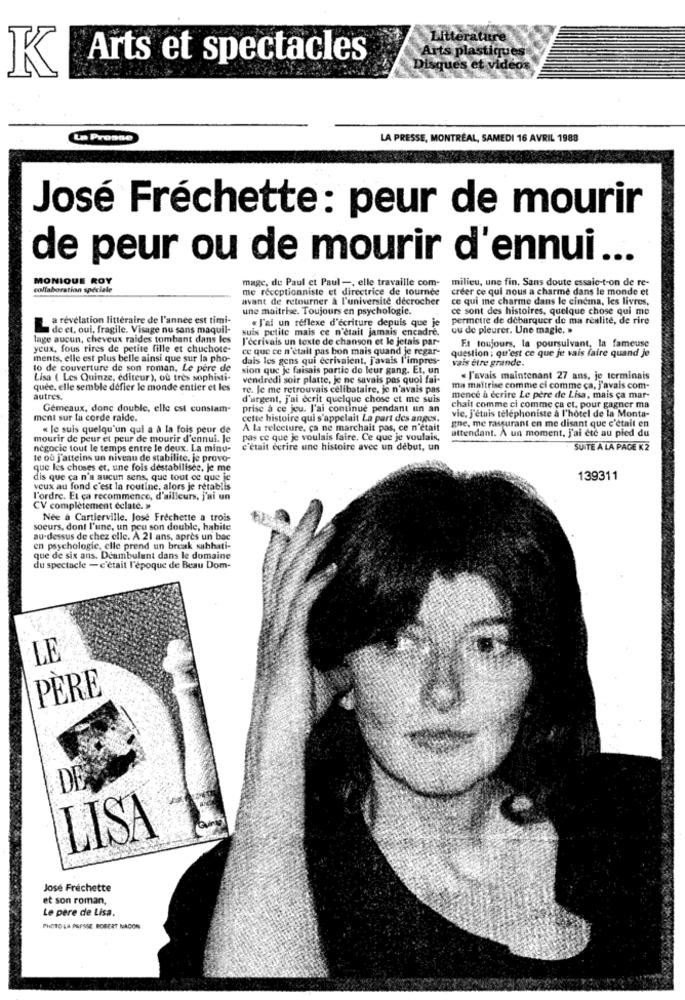
Litterature
Arts plastiques
Arts et spectacles
Disques et videos
K
La Presse
LA PRESSE, MONTRÉAL, SAMEDI 16 AVRIL 1988
José Fréchette: peur de mourir
de peur ou de mourir d'ennui ...
MONIQUE ROY
mage, de Paul et Paul -, elle travaille com-
milieu, une fin. Sans doute essaie-t-on de re-
collaboration spéciale
me réceptionniste et directrice de tournée
créer ce qui nous a charme dans le monde et
avant de retourner à l'université décrocher
ce qui me charme dans le cinema, les livres,
une maitrise. Toujours en psychologie.
ce sont des histoires, quelque chose qui me
a revelation littéraire de l'année est timi-
. J'ai un réflexe d'écriture depuis que je
permetre de débarquer de ma realite, de rire
L
de et, oui, fragile. Visage nu sans maquil-
suis petite mais ce n'était jamais encadre.
ou de pleurer. Une magic. »
lage aucun, cheveux raides tombant dans les
I'écrivais un texte de chanson et le jefais par-
Et toujours, la poursuivant, la fameuse
yeux, fous rires de petite fille et chuchote-
ce que ce n'était pas bon mais quand je regar-
question ; qu'est ce que je vais faire quand je
ments, elle est plus belle ainsi que sur la pho-
dais les gens qui ecrivaient, j'avais l'impres-
vais être grande.
to de couverture de son roman. Le père de
sion que je faisais partie de leur gang. Et, un
Lisa ( Les Quinze, editeur), ou tres sophisti-
vendredi soir platte, je ne savais pas quoi fai-
« J'avais maintenant 27 ans, je terminais
quee. elle semble defier le monde entier et les
re. Je me retrouvais célibataire, je n'avais pas
ma maîtrise comme ci comme ca, j'avais com-
autres.
d'urgent, J'ai écrit quelque chose et me suis
mence à écrire Le père de Lisa, mais ça mar-
Gémeaux, donc double, elle est constam-
prise à ce jeu. l'ai continue pendant un an
chait comme ci comme ca et, pour gagner ma
ment sur la corde raide.
cette histoire qui s'appelait La part des anges.
vie, j'étais telephoniste à l'hotel de la Monta-
« Je suis quelqu'un qui a à la fois peur de
A la relceture, ça ne marchait pas, ce n'était
gne, me rassurant en me disant que c'était en
attendant. A un moment, j'ai été au pied du
mourir de peur et peur de mourir d'ennui. Je
pas ce que je voulais faire. Ce que je voulais,
négocie tout le temps entre le deux. La minu-
c'était écrire une histoire avec un début, un
SUITE À LA PAGE K 2
te où j'atteins un niveau de stabilite, je provo-
que les choses et. une fois destabilisee. je me
dis que ça n'a aucun sens, que tout ce que ic
139311
veux au fond c'est la routine, alors je rétablis
l'ordre. Et ça recommence, d'ailleurs, j'ai un
CV complètement celate. »
Née a Cartierville. Jose Frechette a trois
soeurs, dont l'une, un peu son double, habite
au-dessus de chez elle. A 21 ans, après un bac
en psychologic, elle prend un break sabhati-
que de six ans. Deambulant dans le domaine
du spectacle - c'était l'époque de Beau Dom-
LE
PÈRE
DE
LISA
José Fréchette
et son roman,
Le père de Lisa.
PHOTO LA PRESSE ROBERT NACON